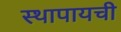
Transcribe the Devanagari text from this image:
स्थापायची